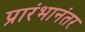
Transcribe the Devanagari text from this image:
प्रारंभानंतर